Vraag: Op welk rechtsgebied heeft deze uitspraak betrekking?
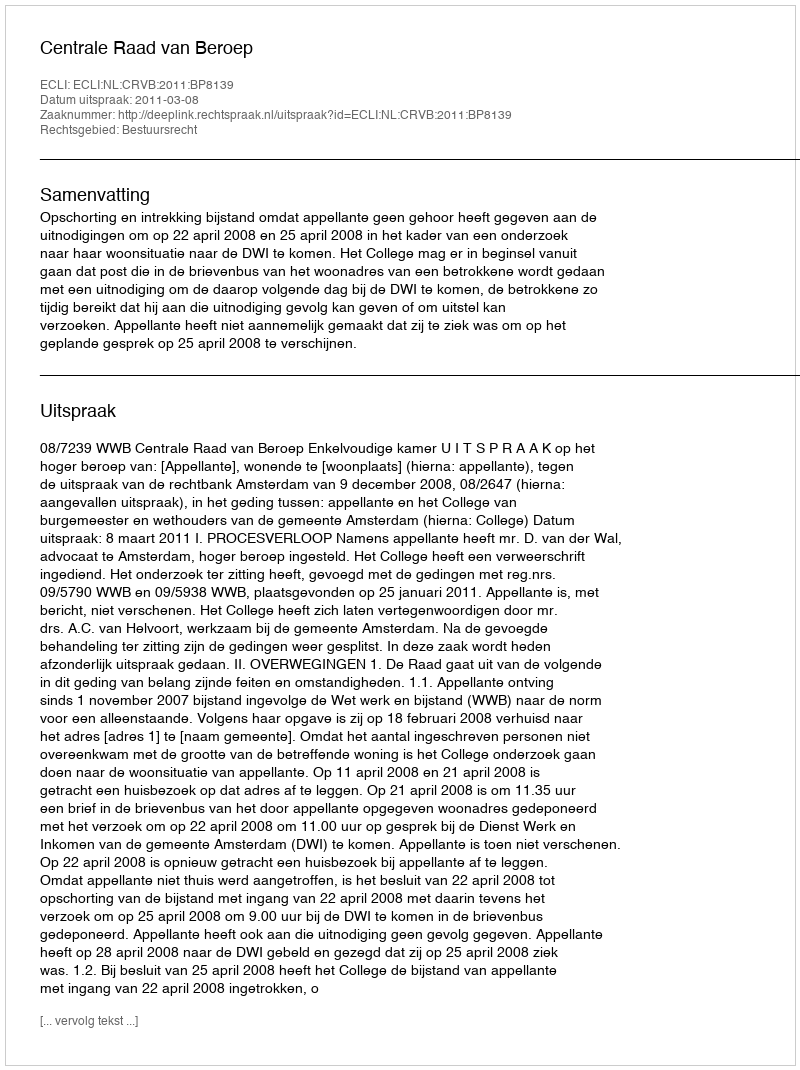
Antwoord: Bestuursrecht